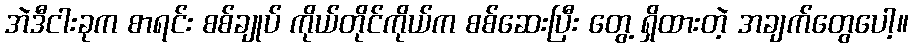
အဲဒီငါးခုက စာရင်း စစ်ချုပ် ကိုယ်တိုင်ကိုယ်က စစ်ဆေးပြီး တွေ့ ရှိထားတဲ့ အချက်တွေပေါ့။